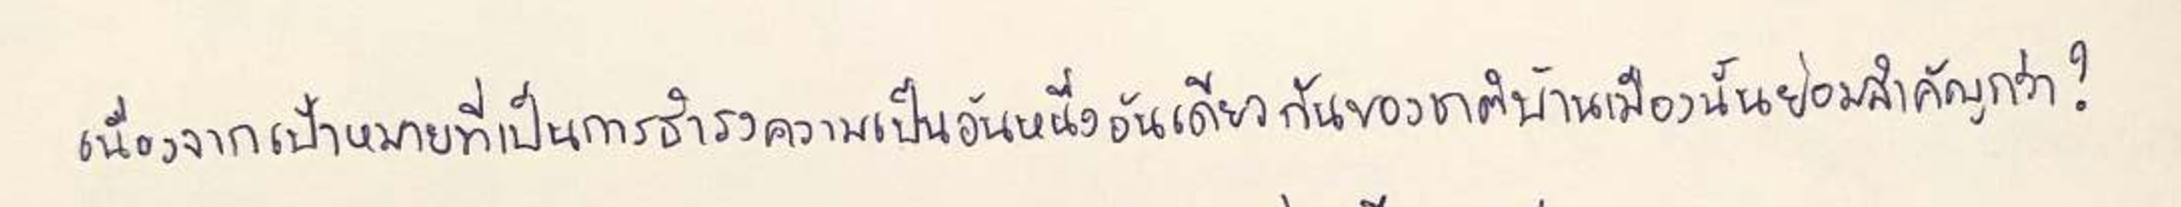
เนื่องจากเป้าหมายที่เป็นการธำรงความเป็นอันหนึ่งอันเดียวกันของชาติบ้านเมืองนั้นย่อมสำคัญกว่า?